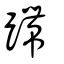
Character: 蹛